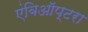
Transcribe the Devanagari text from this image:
एंबिऑप्टरा